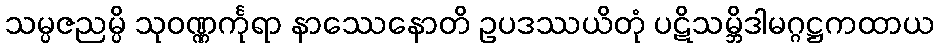
သမ္ပဇညမ္ပိ သုဝဏ္ဏင်္ကုရာ နာဿေနောတိ ဥပဒဿယိတုံ ပဋိသမ္ဘိဒါမဂ္ဂဋ္ဌကထာယ